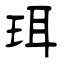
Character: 珥